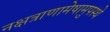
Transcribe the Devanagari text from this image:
नक्षत्राणामेषामुपस्थे